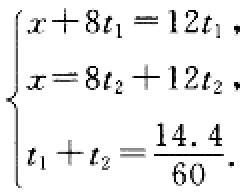
\[\begin{cases}
x + 8t_1 = 12t_1,\\
x = 8t_2 + 12t_2,\\
t_1 + t_2 = \frac{14.4}{60}.
\end{cases}\]